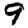
Digit: 9